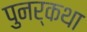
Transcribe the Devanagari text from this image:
पुनर्कथा